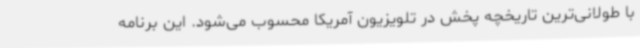
با طولانی‌ترین تاریخچه پخش در تلویزیون آمریکا محسوب می‌شود. این برنامه